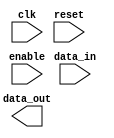
// Module implements Regsiter Bank
`timescale 1ns/1ps

module register_bank #(parameter data_width = 8,
                        parameter bank_width = 64)
                        ( clk, reset, enable, data_in, data_out);

// Port direction
 input clk;
 input reset;
 input enable;
 input [data_width - 1: 0] data_in;
 output reg [data_width -1 :0] data_out;

// Generate registerbank here


endmodule